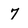
Character: 7